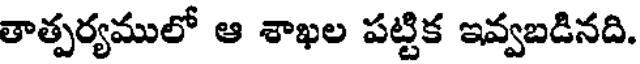
తాత్పర్యములో ఆ శాఖల పట్టిక ఇవ్వబడినది.